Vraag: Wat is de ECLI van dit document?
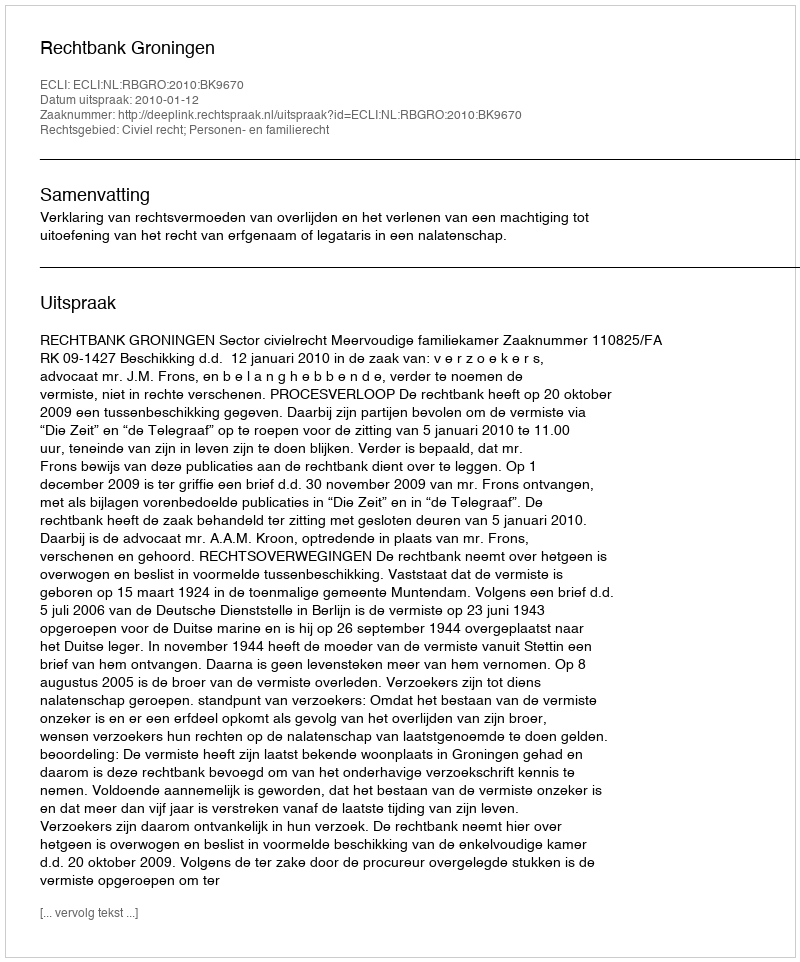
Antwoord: ECLI:NL:RBGRO:2010:BK9670